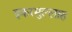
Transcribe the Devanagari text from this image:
इकरमुल्लाह